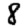
Digit: 8